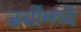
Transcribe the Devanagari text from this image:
जर्सीमध्ये